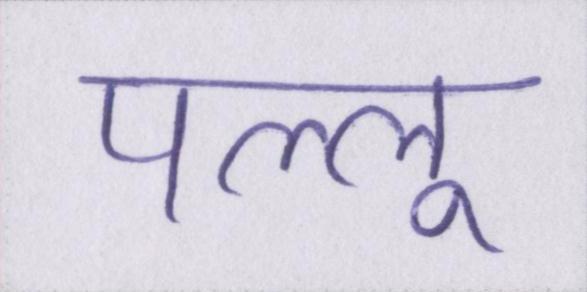
पल्लू